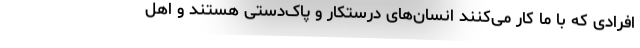
افرادی که با ما کار می‌کنند انسان‌های درستکار و پاک‌دستی هستند و اهل